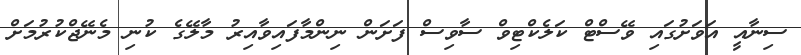
ސިނާއީ އަވަށުގައި ވޭސްޓް ކަލެކްޓިވް ސާވިސް ފަށަން ނިންމާފައިވާއިރު މާލޭގެ ކުނި މެނޭޖްކުރުމަށް